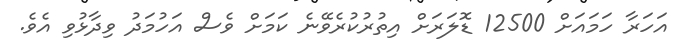
އަހަރާ ހަމައަށް 12500 ޑޮލަރަށް އިތުރުކުރެވޭނެ ކަމަށް ވެސް އަހުމަދު ވިދާޅުވި އެވެ.